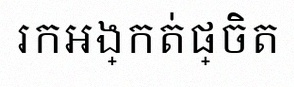
រកអង្កត់ផ្ចិត